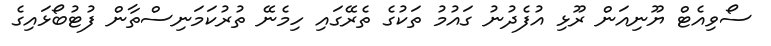
ސޯވިއެޓް ޔޫނިއަން ރޫޅި އުފެދުނު ގައުމު ތަކުގެ ތެރޭގައި ހިމެނޭ ތުރުކަމަނިސްތާން ފުޓުބޯޅައިގެ